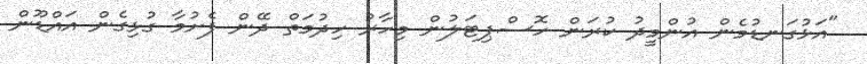
"އަޅުގަނޑުމެން އުންމީދު ކުރަން ހޮސްޕިޓަލުން މިހާރު ހިދުމަތް ދޭން ފެށުމާ ގުޅިގެން އައްޑޫން